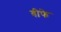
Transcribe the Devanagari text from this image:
बीफे